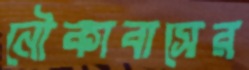
নৌকাবাসের